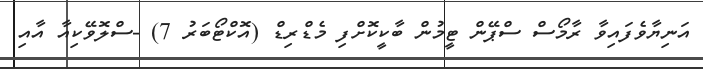
އަނިޔާވެފައިވާ ރާމޯސް ސްޕޭން ޓީމުން ބާކީކޮށްފި މެޑްރިޑް (އޮކްޓޯބަރު 7) -ސްލޮވޭކިއާ އާއި